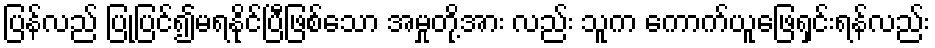
ပြန်လည် ပြုပြင်၍မရနိုင်ပြီဖြစ်သော အမှုတို့အား လည်း သူက ကောက်ယူဖြေရှင်းရန်လည်း